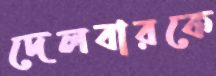
দেলবারকে